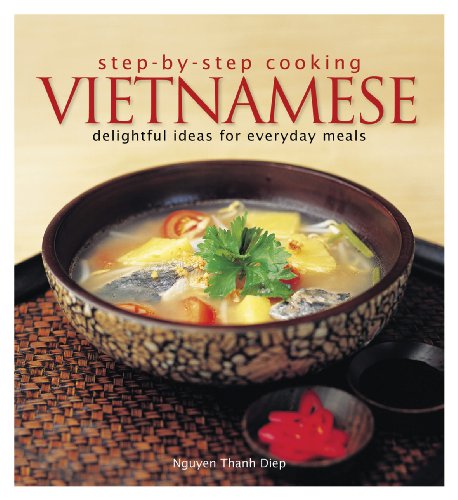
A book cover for Step by Step Cooking: Vietnamese - Delightful Ideas for Everyday Meals; Nguyen Thanh Diep; Cookbooks, Food & Wine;